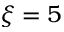
\xi = 5